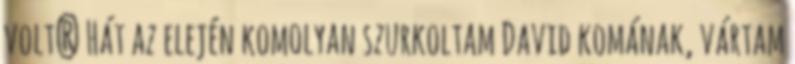
volt? Hát az elején komolyan szurkoltam David komának, vártam